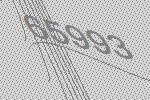
65993